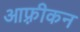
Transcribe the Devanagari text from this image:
आफ़्रीकन